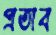
প্রতাব